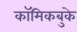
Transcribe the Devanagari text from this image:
कॉमिकबुके